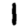
Digit: 1